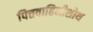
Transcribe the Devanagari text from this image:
पित्तवाहिनीशोथ